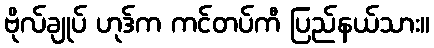
ဗိုလ်ချုပ် ဟုဒ်က ကင်တပ်ကီ ပြည်နယ်သား။